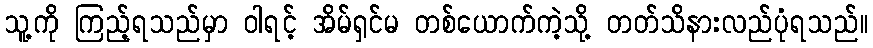
သူ့ကို ကြည့်ရသည်မှာ ဝါရင့် အိမ်ရှင်မ တစ်ယောက်ကဲ့သို့ တတ်သိနားလည်ပုံရသည်။